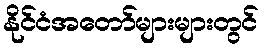
နိုင်ငံအတော်များများတွင်